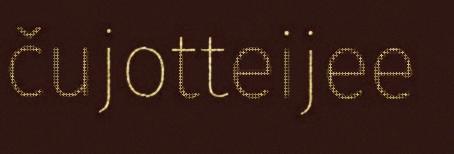
čujotteijee